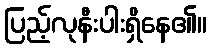
ပြည့်လုနီးပါးရှိနေ၏။